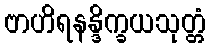
ဗာဟိရနန္ဒိက္ခယသုတ္တံ